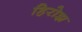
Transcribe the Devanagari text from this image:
हिरोझ